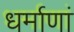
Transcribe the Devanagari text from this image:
धर्माणां